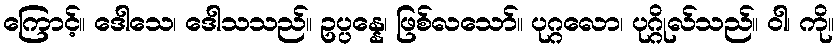
ကြောင့်။ ဒေါသေ၊ ဒေါသသည်။ ဥပ္ပန္နေ၊ ဖြစ်လသော်။ ပုဂ္ဂလော၊ ပုဂ္ဂိုလ်သည်။ ဝါ၊ ကို။